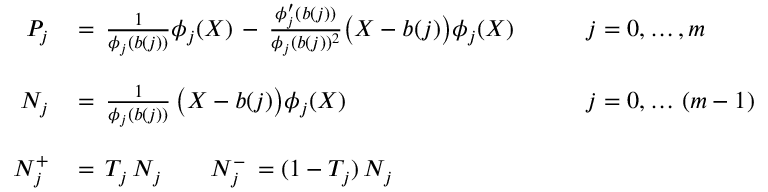
\begin{array} { r l l } { { P _ { j } \, } } & { { = \, \frac 1 { \phi _ { j } ( b ( j ) ) } \phi _ { j } ( X ) \, - \, \frac { \phi _ { j } ^ { \prime } ( b ( j ) ) } { \phi _ { j } ( b ( j ) ) ^ { 2 } } \bigl ( X - b ( j ) \bigr ) \phi _ { j } ( X ) \qquad } } & { { j = 0 , \ldots , m } } \\ { { } } & { { } } & { { } } \\ { { N _ { j } \, } } & { { = \, \frac 1 { \phi _ { j } ( b ( j ) ) } \, \bigl ( X - b ( j ) \bigr ) \phi _ { j } ( X ) \qquad } } & { { j = 0 , \ldots \, ( m - 1 ) } } \\ { { } } & { { } } & { { } } \\ { { N _ { j } ^ { + } \, } } & { { = \, T _ { j } \, N _ { j } \qquad N _ { j } ^ { - } \, = ( 1 - T _ { j } ) \, N _ { j } } } \end{array}